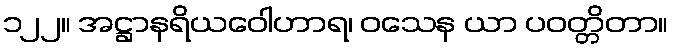
၁၂၂။ အဋ္ဌာနရိယဝေါဟာရ၊ ဝသေန ယာ ပဝတ္တိတာ။